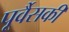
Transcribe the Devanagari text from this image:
पूर्वैसकी